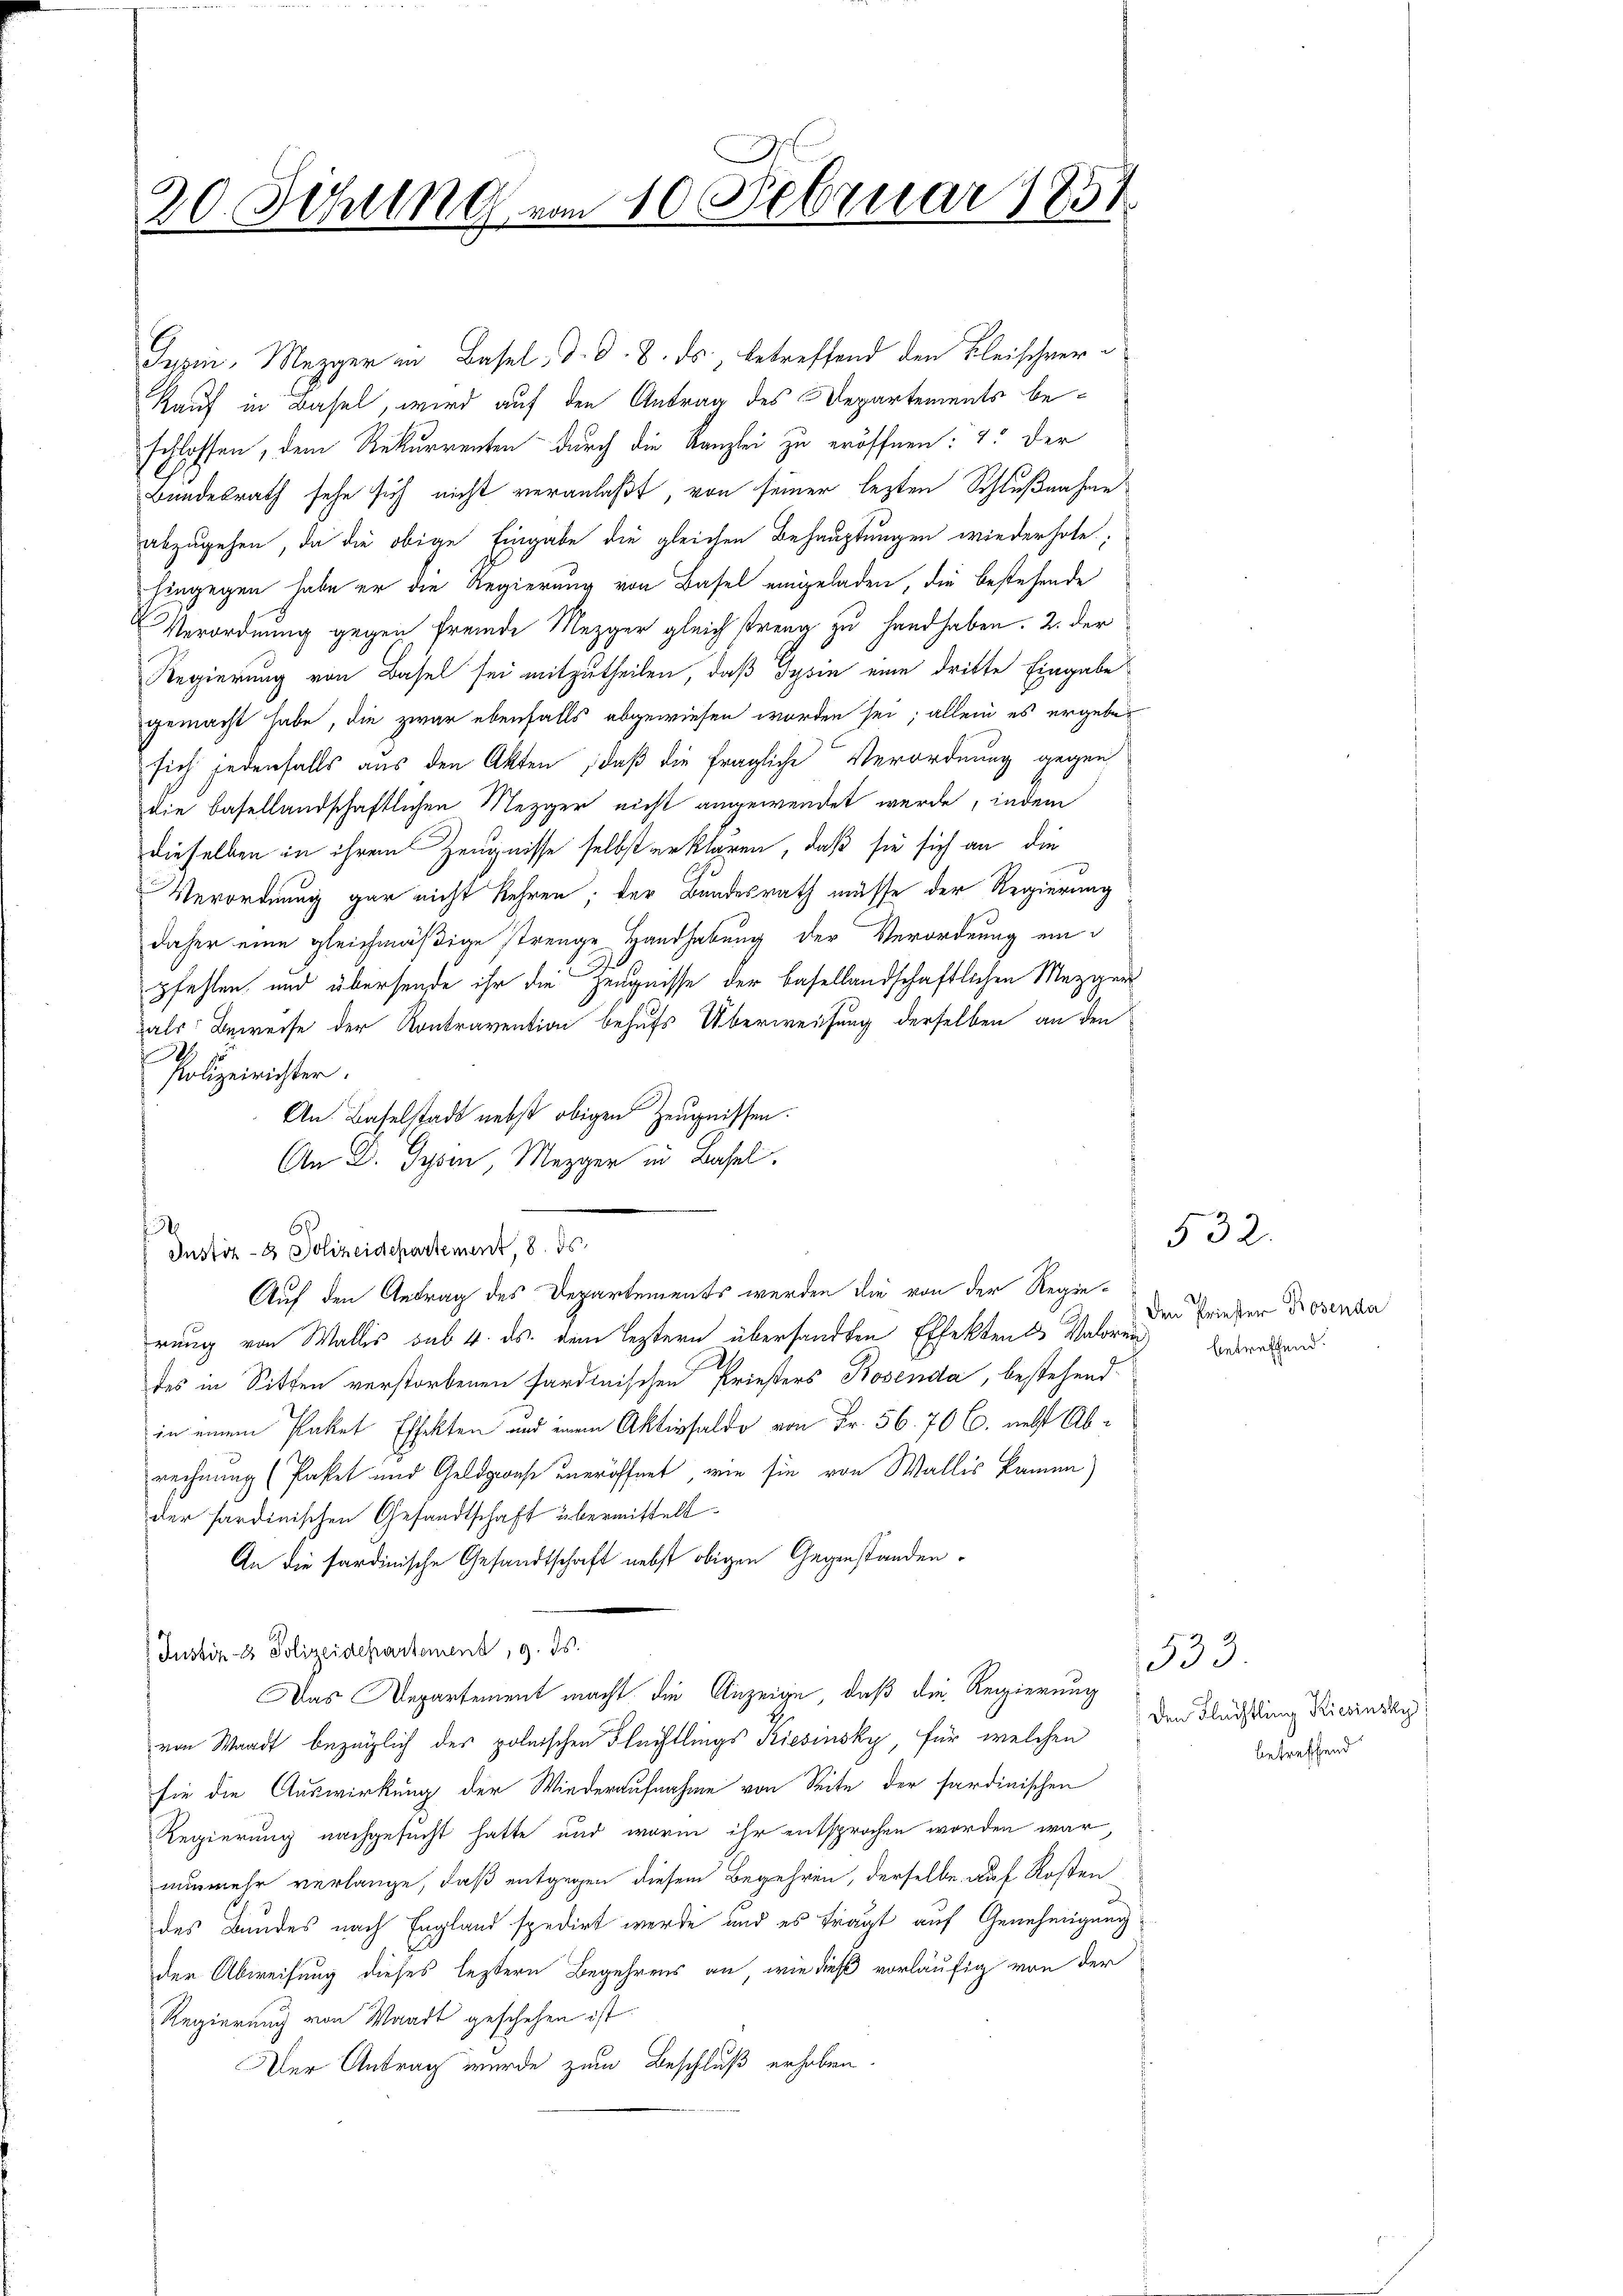
20. Sitzung vom 10. Februar 1854.

Sypin Mezger in Basel, d. d. 8. ds. betreffend den Fleischeer¬
Kauf in Basel, wird auf den Antrag des Departements beschlossen, dem Rekurrenten durch die Kanzlei zu eröffnen: 1. Der
Bundesrath sehe sich nicht veranlaßt, von seiner lezten Schlußnahme
abzugehen, da die obige Eingabe die gleichen Behauptungen wiederhole,
hingegen habe er die Regierung von Basel eingeladen, die bestehende
Verordnung gegen fremde Mezger gleich streng zu Handhaben. 2. der
Regierung von Basel sei mitzutheilen, daß Gysin eine dritte Eingabe
gemacht habe, die zwar ebenfalls abgewiesen worden sei; allein es ergebesich jedenfalls aus den Akten, daß die fragliche Verordnung gegen
die basellandschaftlichen Mezger nicht angewendet werde, indem
dieselben in ihrem Zeugnisse selbst erklären, daß sie sich an die
Verordnung gar nicht kehren; der Bundesrath müsse der Regierung
daher eine gleichmäßige strenge Handhabung der Verordnung ein
pfehlen und übersende ihr die Zeugnisse der basellandschaftlichen Mezgen
als Beweise der Kontravention behufs Überweisung derselben an den
9
Polizeirichter.
An. Baselstadt nebst obigen Zeugnissen.
An D. Typen, Mezger in Basel,
3
6
Justiz - 6 Doscheidepartement, 8. ds.
Auf den Antrag des Departements werden die von der Regierung von Wallis sub 4. ds. dem Leztern übersandten Effekten Valoren werdend
des in Sitten verstorbenen sardinischen Priesters Bosenda, bestehend
in einem Paket Effekten und einem Aktivsaldo von Fr. 56. 70 l. nebst Abrechnung (Pastet und Geldgase uneröffnet, wie sie von Wallis kamen)
der Sardinischen Gesandtschaft übermittelt.
An die sardinische Gesandtschaft nebst obigen Gegenstanden
Instin-8 Polizeidepartement, 9. ds.
Das Departement macht die Anzeige, daß die Regierung
von Waadt bezüglich des polnischen Flechtlings Riesinsky, für welchen
sie die Auswirkung der Wiederaufnahme von Seite der sardinischen
Regierung nachgesucht hatte und worin ihr entsprochen worden war,
nunmehr verlange, daß entgegen diesem Begehren, derselbe auf Rosten
des Bundes nach England spedirt werde und es fragt auf Genehmigung
der Abweisung dieses leztern Begehrens an, wie dieß vorläufig von der
Regierung von Waadt geschehen ist.
Der Antrag wurde zum Beschluß erhoben.

Den Priester Rosenda

532.

533
Den Flüchtling Rierinsky
betreffend